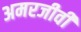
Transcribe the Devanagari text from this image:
अमरजीवी